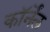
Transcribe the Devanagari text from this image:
कॉर्नेंल